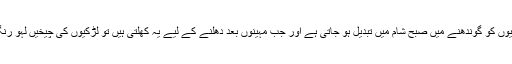
یہ جو گز گز لمبی مینڈھیوں کو گوندھنے میں صبح شام میں تبدیل ہو جاتی ہے اور جب مہینوں بعد دُھلنے کے لیے یہ کھلتی ہیں تو لڑکیوں کی چیخیں لہو رنگ آلوچوں سے لپٹتی ہیں۔